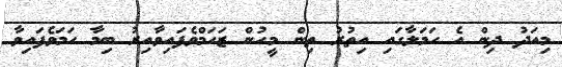
މިއަދު ދިން އެ ހަމަލާގައި އިތުރު ތިން މީހުން ޒަހަމްވެފައިވާއިރު ބިމާ ހަމަވެފައިވާ